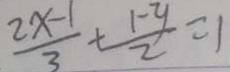
\frac { 2 x - 1 } { 3 } + \frac { 1 - y } { 2 } = 1